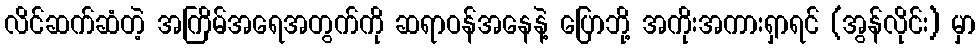
လိင်ဆက်ဆံတဲ့ အကြိမ်အရေအတွက်ကို ဆရာဝန်အနေနဲ့ ပြောဘို့ အကိုးအကားရှာရင် (အွန်လိုင်း) မှာ